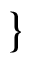
\}